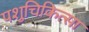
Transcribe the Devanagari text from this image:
पशुचिकित्‍सा